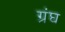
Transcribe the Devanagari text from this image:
ग्रंघ